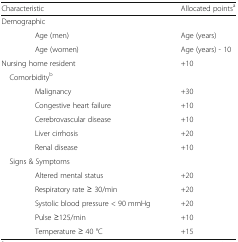
<table><thead><tr><td colspan="2"><b>Characteristic</b></td><td><b>Allocated points<sup>a</sup></b></td></tr></thead><tbody><tr><td colspan="3">Demographic</td></tr><tr><td></td><td>Age (men)</td><td>Age (years)</td></tr><tr><td></td><td>Age (women)</td><td>Age (years) - 10</td></tr><tr><td colspan="2">Nursing home resident</td><td>+10</td></tr><tr><td colspan="3"> Comorbidity<sup>b</sup></td></tr><tr><td></td><td>Malignancy</td><td>+30</td></tr><tr><td></td><td>Congestive heart failure</td><td>+10</td></tr><tr><td></td><td>Cerebrovascular disease</td><td>+10</td></tr><tr><td></td><td>Liver cirrhosis</td><td>+20</td></tr><tr><td></td><td>Renal disease</td><td>+10</td></tr><tr><td colspan="3"> Signs &amp; Symptoms</td></tr><tr><td></td><td>Altered mental status</td><td>+20</td></tr><tr><td></td><td>Respiratory rate ≥ 30/min</td><td>+20</td></tr><tr><td></td><td>Systolic blood pressure &lt; 90 mmHg</td><td>+20</td></tr><tr><td></td><td>Pulse ≥125/min</td><td>+10</td></tr><tr><td></td><td>Temperature ≥ 40 °C</td><td>+15</td></tr></tbody></table>